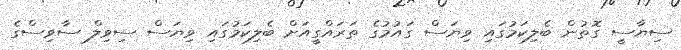
ސިޔާސީ ގޮތުން ބެލިކަމުގައި ވިޔަސް ގައުމުގެ ތަރައްގީއަށް ބެލިކަމުގައި ވިޔަސް ސިވިލް ސާވިސްގެ